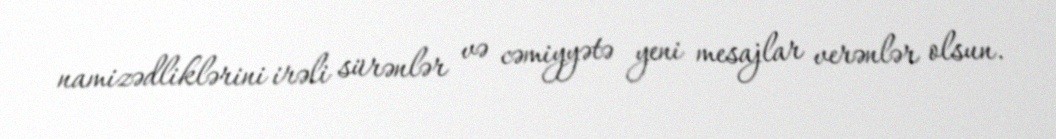
namizədliklərini irəli sürənlər və cəmiyyətə yeni mesajlar verənlər olsun.